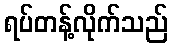
ရပ်တန့်လိုက်သည်